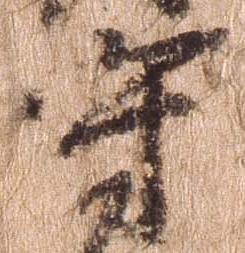
守